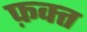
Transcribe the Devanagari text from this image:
फ़क्‍त